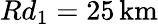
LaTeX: Rd_{1}=25\, \mathrm{km}